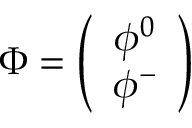
\Phi = \left( \begin{array} { c } { { \phi ^ { 0 } } } \\ { { \phi ^ { - } } } \end{array} \right)